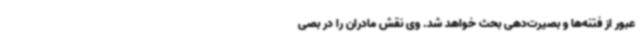
عبور از فتنه‌ها و بصیرت‌دهی بحث خواهد شد. وی نقش مادران را در بصی